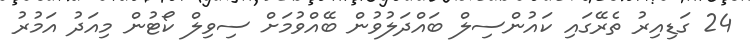
24 ގަޑިއިރު ތެރޭގައި ކައުންސިލް ބައްދަލުވުން ބޭއްވުމަށް ސިވިލް ކޯޓުން މިއަދު އަމުރު